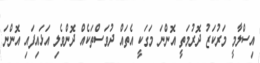
އިސްލާމީ މަރުކަޒު ދޮރުމަތީ އޮންނަ މަގަކީ އެތައް ދުވަސްތަކެއް ދޮންވެލި އަޅައިފައި އޮންނަ